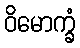
ဝိမောက္ခံ